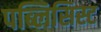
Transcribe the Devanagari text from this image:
पब्लिसिस्ट